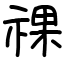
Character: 祼